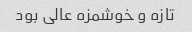
تازه و خوشمزه عالی بود